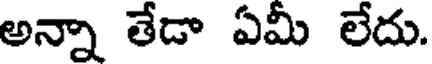
అన్నా తేడా ఏమీ లేదు.